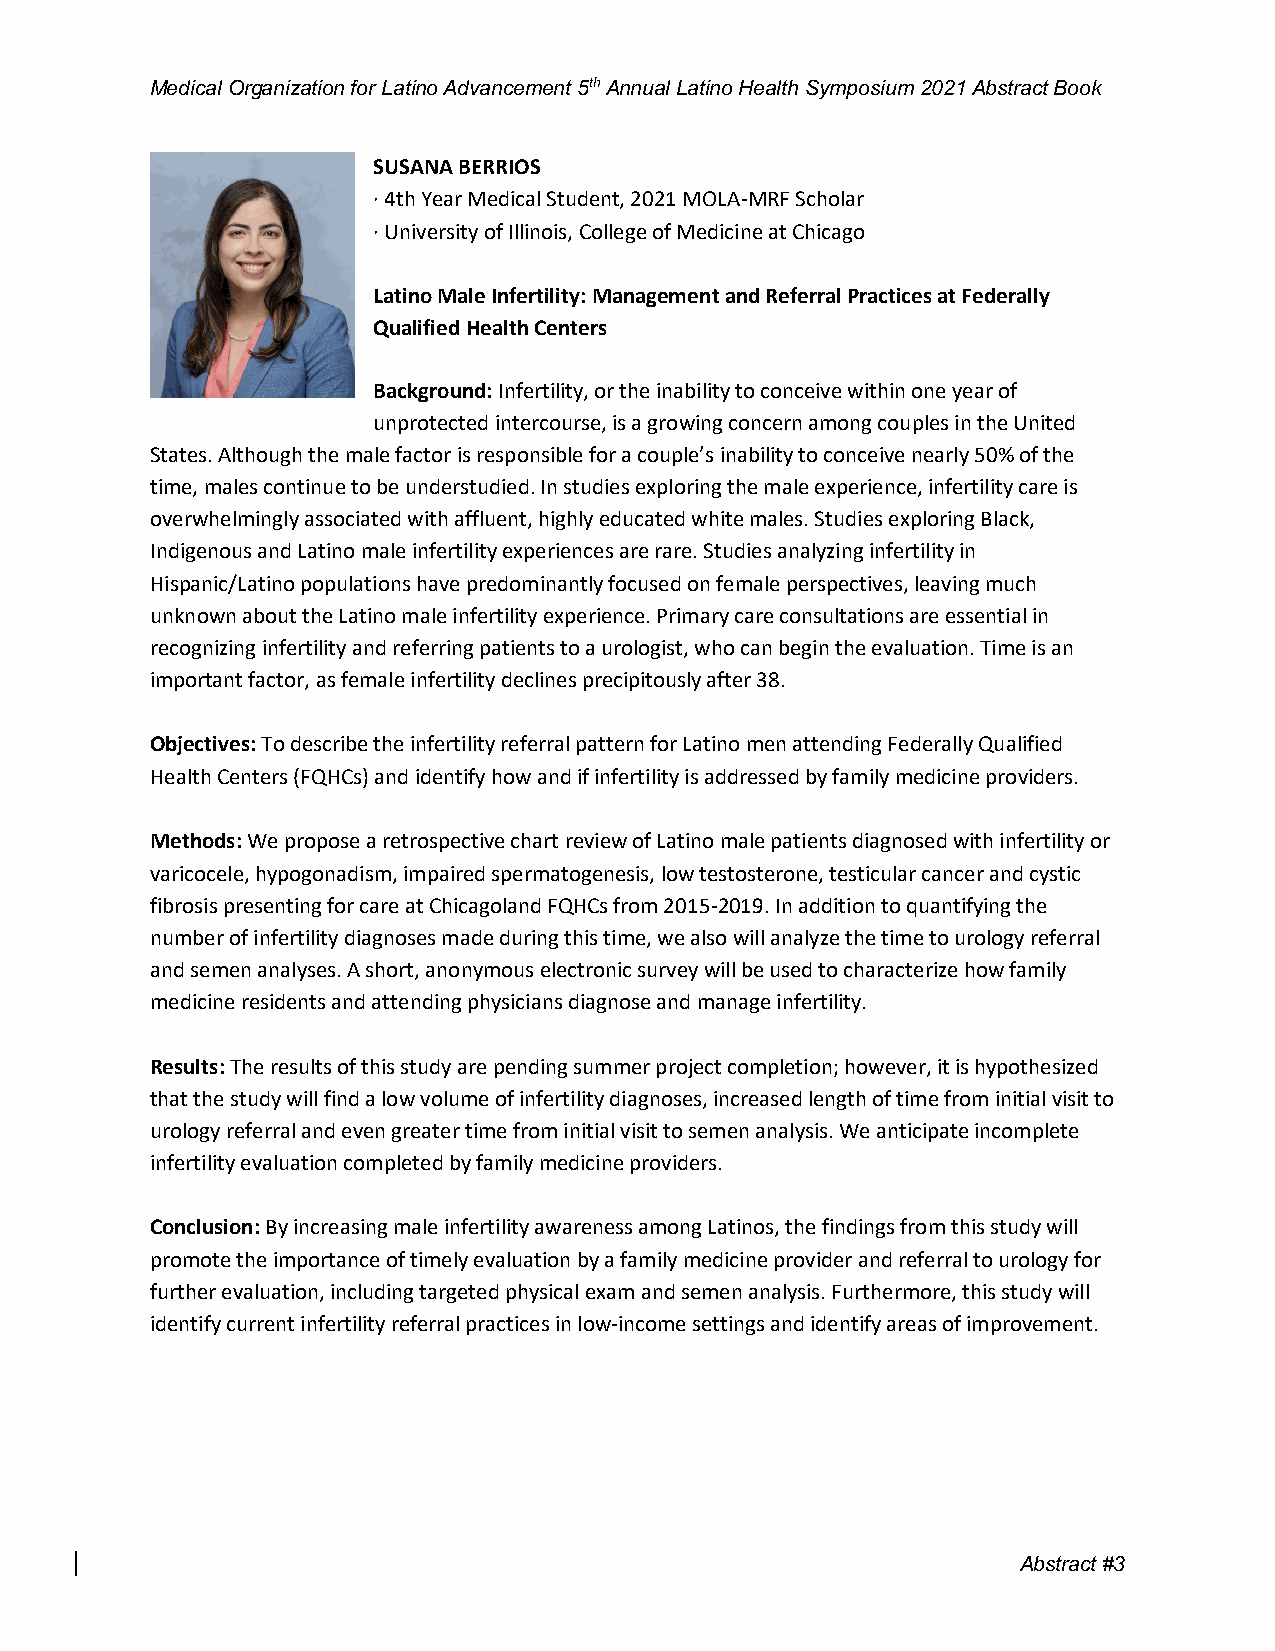
Medical Organization for Latino Advancement 5th Annual Latino Health Symposium 2021 Abstract Book
 SUSANA BERRIOS
 · 4th Year Medical Student, 2021 MOLA-MRF Scholar
 · University of Illinois, College of Medicine at Chicago
 Latino Male Infertility: Management and Referral Practices at Federally
 Qualified Health Centers
 Background: Infertility, or the inability to conceive within one year of
 unprotected intercourse, is a growing concern among couples in the United
 States. Although the male factor is responsible for a couple’s inability to conceive nearly 50% of the
 time, males continue to be understudied. In studies exploring the male experience, infertility care is
 overwhelmingly associated with affluent, highly educated white males. Studies exploring Black,
 Indigenous and Latino male infertility experiences are rare. Studies analyzing infertility in
 Hispanic/Latino populations have predominantly focused on female perspectives, leaving much
 unknown about the Latino male infertility experience. Primary care consultations are essential in
 recognizing infertility and referring patients to a urologist, who can begin the evaluation. Time is an
 important factor, as female infertility declines precipitously after 38.
 Objectives: To describe the infertility referral pattern for Latino men attending Federally Qualified
 Health Centers (FQHCs) and identify how and if infertility is addressed by family medicine providers.
 Methods: We propose a retrospective chart review of Latino male patients diagnosed with infertility or
 varicocele, hypogonadism, impaired spermatogenesis, low testosterone, testicular cancer and cystic
 fibrosis presenting for care at Chicagoland FQHCs from 2015-2019. In addition to quantifying the
 number of infertility diagnoses made during this time, we also will analyze the time to urology referral
 and semen analyses. A short, anonymous electronic survey will be used to characterize how family
 medicine residents and attending physicians diagnose and manage infertility.
 Results: The results of this study are pending summer project completion; however, it is hypothesized
 that the study will find a low volume of infertility diagnoses, increased length of time from initial visit to
 urology referral and even greater time from initial visit to semen analysis. We anticipate incomplete
 infertility evaluation completed by family medicine providers.
 Conclusion: By increasing male infertility awareness among Latinos, the findings from this study will
 promote the importance of timely evaluation by a family medicine provider and referral to urology for
 further evaluation, including targeted physical exam and semen analysis. Furthermore, this study will
 identify current infertility referral practices in low-income settings and identify areas of improvement.
 Abstrac t #3